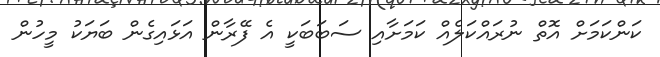
ކަންކަމަށް އޮތް ނުރައްކަލެއް ކަމަށާއި ސަބަބަކީ އެ ފޭރާން އަޅައިގެން ބަޔަކު މީހުން